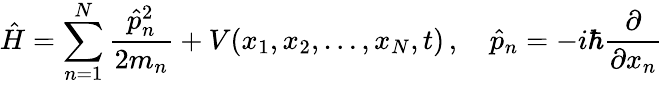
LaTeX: {\hat{H}}=\sum_{n=1}^{N}{\frac{{\hat{p}}_{n}^{2}}{2m_{n}}}+V(x_{1},x_{2},\ldots,x_{N},t)\, ,\quad{\hat{p}}_{n}=-i\hbar{\frac{\partial}{\partial x_{n}}}